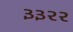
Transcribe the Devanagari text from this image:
३३२२